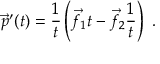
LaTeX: { \vec { p } } ^ { \prime } ( t ) = { \frac { 1 } { t } } \left( { \vec { f } } _ { 1 } t - { \vec { f } } _ { 2 } { \frac { 1 } { t } } \right) \ .